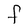
Character: F